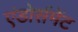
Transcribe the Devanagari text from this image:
एंडोर्समेंट